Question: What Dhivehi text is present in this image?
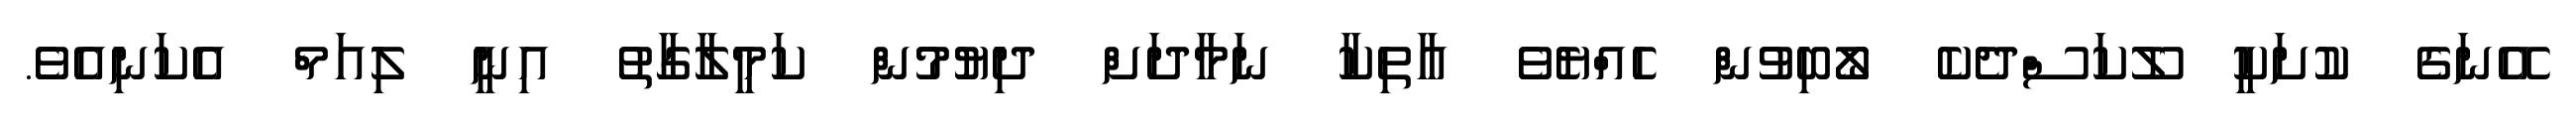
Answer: އޭނަގެ ކުށަކީ ލޫކަސްދެކެ ލޯބިވުން ހެއްޔެވެ އާތިކާ ނަމާދަށް ދިޔުމުން ކަމީލާގާތު އިނީ ލިއަމް އެކަނިއެވެ.